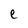
Character: e